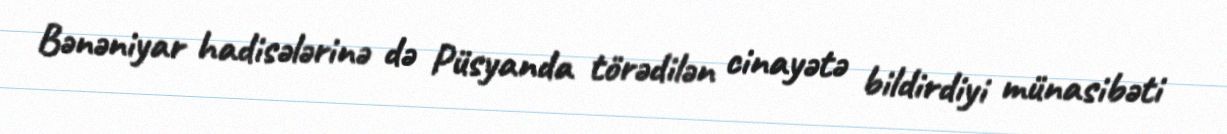
Bənəniyar hadisələrinə də Püsyanda törədilən cinayətə bildirdiyi münasibəti